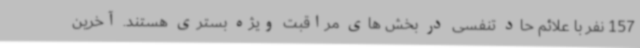
157 نفر با علائم حاد تنفسی در بخش های مراقبت ویژه بستری هستند. آخرین